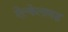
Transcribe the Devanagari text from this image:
ऐल्केलायड